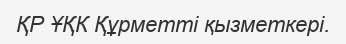
ҚР ҰҚК Құрметті қызметкері.